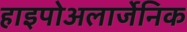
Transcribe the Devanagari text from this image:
हाइपोअलार्जेनिक